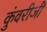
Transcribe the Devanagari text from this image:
कुंवरीजी